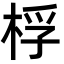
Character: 桴